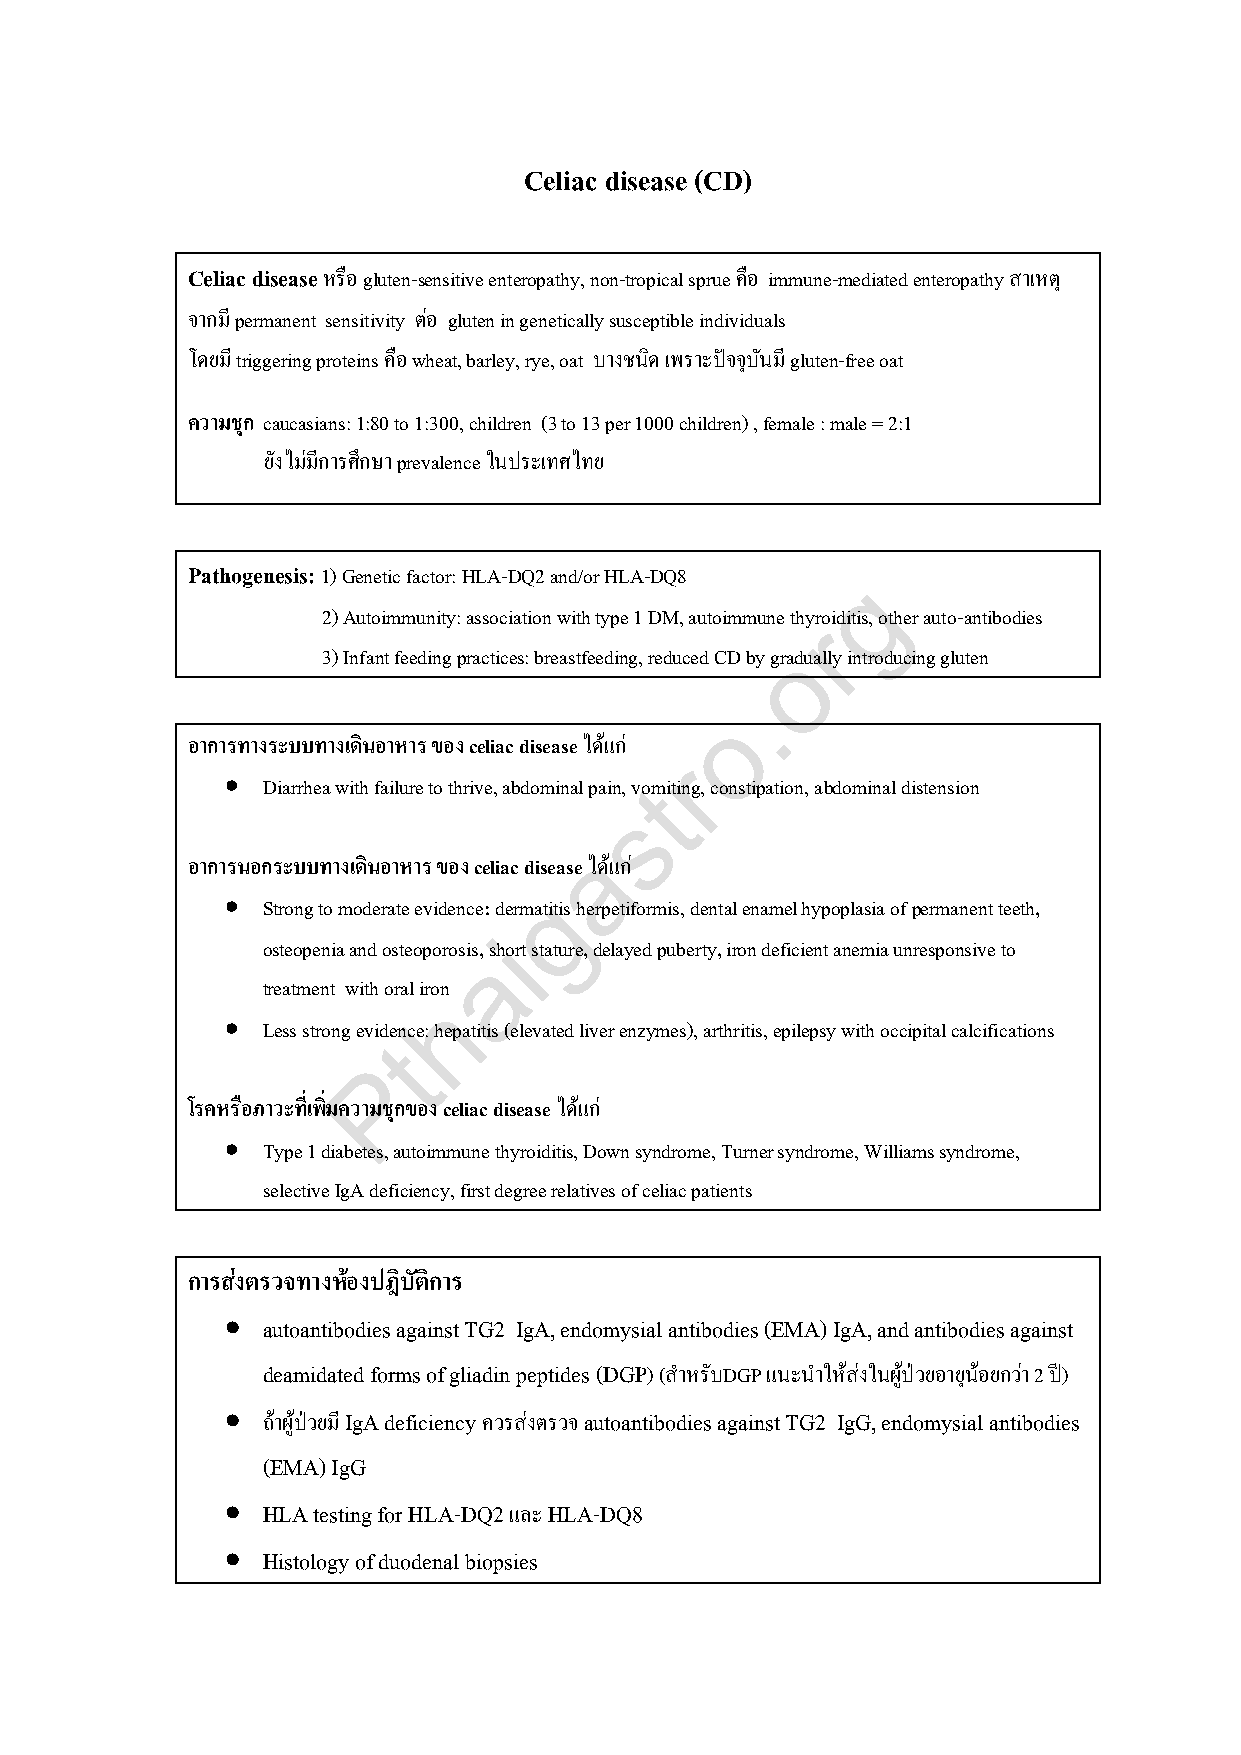
Celiac disease (CD)
 Celiac disease หรือ gluten-sensitive enteropathy, non-tropical sprue คือ immune-mediated enteropathy สาเหตุ
 จากม ีpermanent sensitivity ต่อ gluten in genetically susceptible individuals
 โดยมี triggering proteins คือ wheat, barley, rye, oat บางชนิด เพราะปัจจุบนั มี gluten-free oat
 ความชุก caucasians: 1:80 to 1:300, children (3 to 13 per 1000 children) , female : male = 2:1
 ยงั ไม่มีการศึกษา prevalence ในประเทศไทย
 Pathogenesis: 1) Genetic factor: HLA-DQ2 and/or HLA-DQ8 g
 2) Autoimmunity: association with type 1 DM, autoimmune thyroiditis, other auto-antibodies
 r
 3) Infant feeding practices: breastfeeding, reduced CD by goradually introducing gluten
 .
 o
 อาการทางระบบทางเดินอาหาร ของ celiac disease ได้แก ่
 r
  Diarrhea with failure to thrive, abdominal pain, votmiting, constipation, abdominal distension
 s
 a
 อาการนอกระบบทางเดินอาหาร ของ celiac disease ได้แก ่
 g
  Strong to moderate evidence: dermatitis herpetiformis, dental enamel hypoplasia of permanent teeth,
 i
 osteopenia and osteoporosis, short stature, delayed puberty, iron deficient anemia unresponsive to
 a
 treatment with oral iron
 h
  Less strong evidence: hepatitis (elevated liver enzymes), arthritis, epilepsy with occipital calcifications
 t
 P
 โรคหรือภาวะที่เพิ่มความชุกของ celiac disease ได้แก ่
  Type 1 diabetes, autoimmune thyroiditis, Down syndrome, Turner syndrome, Williams syndrome,
 selective IgA deficiency, first degree relatives of celiac patients
 การส่งตรวจทางห้องปฎิบัติการ
  autoantibodies against TG2 IgA, endomysial antibodies (EMA) IgA, and antibodies against
 deamidated forms of gliadin peptides (DGP) (ส้าหรับDGP แนะน้าให้ส่งในผปู้ ่วยอายุน้อยกว่า 2 ปี)
  ถ้าผู้ป่วยม ีIgA deficiency ควรส่งตรวจ autoantibodies against TG2 IgG, endomysial antibodies
 (EMA) IgG
  HLA testing for HLA-DQ2 และ HLA-DQ8
  Histology of duodenal biopsies